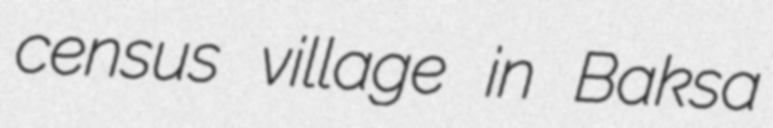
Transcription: census village in Baksa